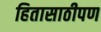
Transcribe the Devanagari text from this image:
हितासाठीपण